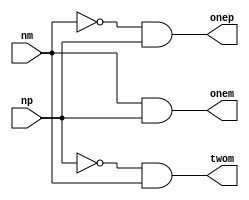
// Dodatkowe ukady cyfrowe potrzebne do zakonczenie kodowania NR4SD-/+

module ex_circuitNR4SDm(nm, np, onep, onem, twom);
	input nm, np;
	output onep, onem, twom;
	
	assign onep = ~nm & np;
	assign onem = nm & np;
	assign twom = ~np & nm;
	
endmodule


module ex_circuitNR4SDp(nm, np, onep, onem, twop);
	input nm, np;
	output onep, onem, twop;
	
	assign onep = np & nm;
	assign onem = nm & ~np;
	assign twop = ~nm & np;

endmodule